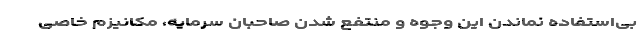
بی‌استفاده نماندن این وجوه و منتفع شدن صاحبان سرمایه، مکانیزم خاصی